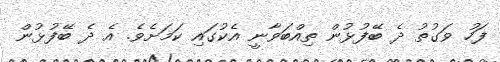
ފަހު ވަގުތު ދެ ބޭފުޅުން ތިއްބަވާނީ އެކުގައި ކަމަށެވެ. އެ ދެ ބޭފުޅުން